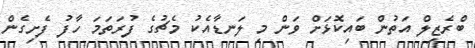
ބްރެޒިލް އަތުން ބައިކޮޅަށް ވަން މި ލަނޑާއެކު މެޗުގެ ފުރަތަމަ ހާފު ފެށިގެން